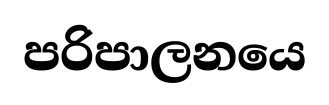
පරිපාලනයෙ